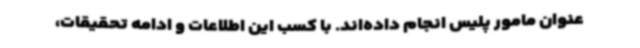
عنوان مامور پلیس انجام داده‌اند. با کسب این اطلاعات و ادامه تحقیقات،